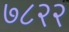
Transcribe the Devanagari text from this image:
७८२२